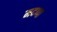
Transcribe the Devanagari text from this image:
मदप्पा